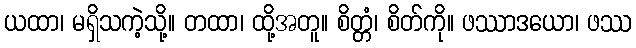
ယထာ၊ မရှိသကဲ့သို့။ တထာ၊ ထို့အတူ။ စိတ္တံ၊ စိတ်ကို။ ဖဿာဒယော၊ ဖဿ